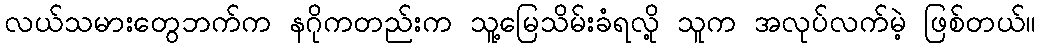
လယ်သမားတွေဘက်က နဂိုကတည်းက သူ့မြေသိမ်းခံရလို့ သူက အလုပ်လက်မဲ့ ဖြစ်တယ်။